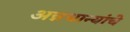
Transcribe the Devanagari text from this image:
अन्नधान्यांचे